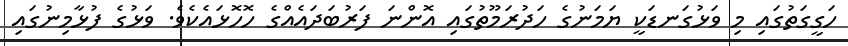
ހަގީގަތުގައި މި ވަޅުގަނޑަކީ ޔަމަނުގެ ހަދުރަމޫތުގައި އޮންނަ ފަރުބަދައެއްގެ ހޮހޮޅައެކެވެ. ވަޅުގެ ފުޅާމިނުގައި